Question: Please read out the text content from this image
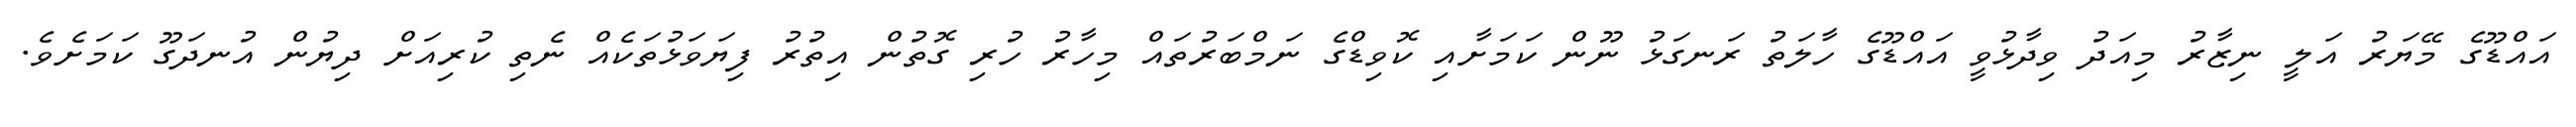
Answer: އައްޑޫގެ މޭޔަރު އަލީ ނިޒާރު މިއަދު ވިދާޅުވީ އައްޑޫގެ ހާލަތު ރަނގަޅު ނޫން ކަމަށާއި ކޮވިޑްގެ ނަމްބަރުތައް މިހާރު ހުރި ގޮތުން އިތުރު ފިޔަވަޅުތަކެއް ނެތި ކުރިއަށް ދިޔުން އުނދަގޫ ކަމަށެވެ.